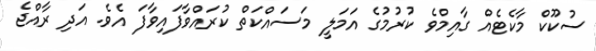
ސުކޫކް މާކެޓެއް ގާއިމްވެ ކުރުމުގެ އަމަލީ މަސައްކަތް ކުރައްވާފައިވާފަ އެވެ. އަދި ރާއްޖެ